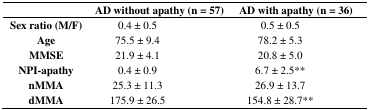
|  | <COLSPAN=2> AD without apathy (n = 57) | <COLSPAN=2> AD with apathy (n = 36) |
 | --- | --- | --- | --- | --- |
 | Sex ratio (M/F) | 0.4 ± 0.5 |  | 0.5 ± 0.5 |  |
 | Age | 75.5 ± 9.4 |  | 78.2 ± 5.3 |  |
 | MMSE | 21.9 ± 4.1 |  | 20.8 ± 5.0 |  |
 | NPI-apathy | 0.4 ± 0.9 |  | 6.7 ± 2.5** |  |
 | nMMA | 25.3 ± 11.3 |  | 26.9 ± 13.7 |  |
 | dMMA | 175.9 ± 26.5 |  | 154.8 ± 28.7** |  |